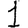
Digit: 1